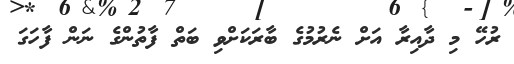
ރުހޭ މި ދާއިރާ އަށް ނެރުމުގެ ބާރަކަށްވި ބަތް ފާތުންގެ ނަން ފާހަގަ